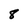
Character: 8